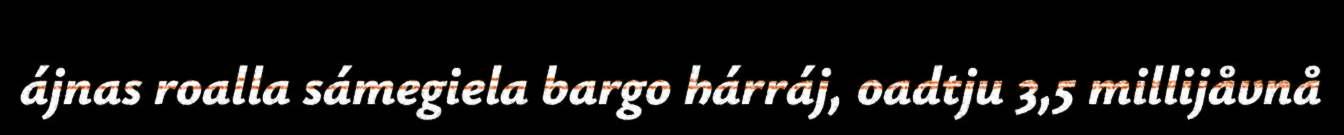
ájnas roalla sámegiela bargo hárráj, oadtju 3,5 millijåvnå